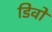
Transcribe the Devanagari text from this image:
डिवो